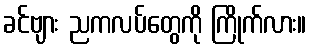
ခင်ဗျား ညကလပ်တွေကို ကြိုက်လား။